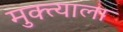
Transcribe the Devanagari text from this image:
मुक्त्याला